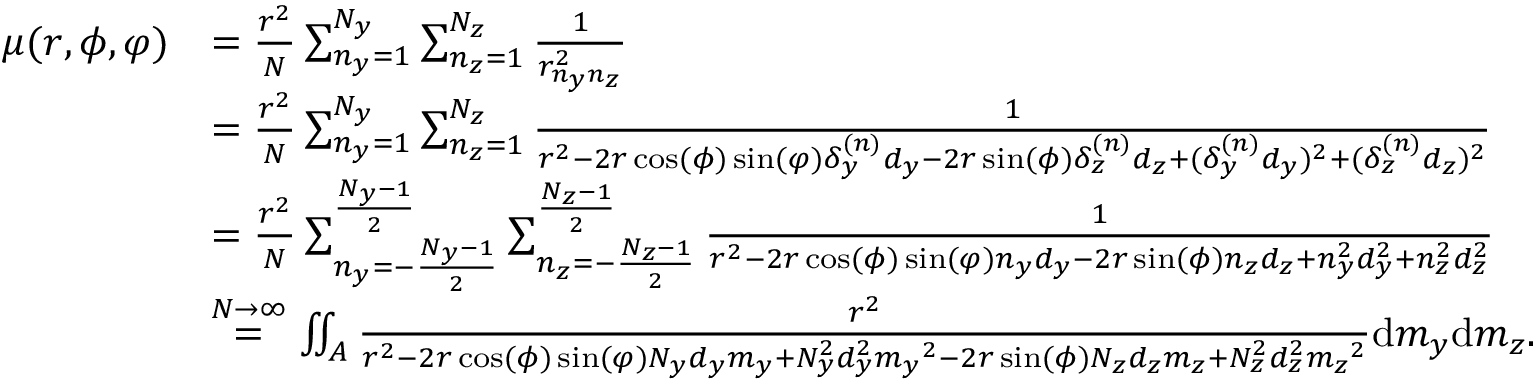
\begin{array} { r l } { \mu ( r , \phi , \varphi ) } & { = \frac { r ^ { 2 } } { N } \sum _ { n _ { y } = 1 } ^ { N _ { y } } \sum _ { n _ { z } = 1 } ^ { N _ { z } } \frac { 1 } { r _ { n _ { y } n _ { z } } ^ { 2 } } } \\ & { = \frac { r ^ { 2 } } { N } \sum _ { n _ { y } = 1 } ^ { N _ { y } } \sum _ { n _ { z } = 1 } ^ { N _ { z } } \frac { 1 } { r ^ { 2 } - 2 r \cos ( \phi ) \sin ( \varphi ) \delta _ { y } ^ { ( n ) } d _ { y } - 2 r \sin ( \phi ) \delta _ { z } ^ { ( n ) } d _ { z } + ( \delta _ { y } ^ { ( n ) } d _ { y } ) ^ { 2 } + ( \delta _ { z } ^ { ( n ) } d _ { z } ) ^ { 2 } } } \\ & { = \frac { r ^ { 2 } } { N } \sum _ { n _ { y } = - \frac { N _ { y } - 1 } { 2 } } ^ { \frac { N _ { y } - 1 } { 2 } } \sum _ { n _ { z } = - \frac { N _ { z } - 1 } { 2 } } ^ { \frac { N _ { z } - 1 } { 2 } } \frac { 1 } { r ^ { 2 } - 2 r \cos ( \phi ) \sin ( \varphi ) n _ { y } d _ { y } - 2 r \sin ( \phi ) n _ { z } d _ { z } + n _ { y } ^ { 2 } d _ { y } ^ { 2 } + n _ { z } ^ { 2 } d _ { z } ^ { 2 } } } \\ & { \overset { N \rightarrow \infty } { = } \iint _ { A } \frac { r ^ { 2 } } { r ^ { 2 } - 2 r \cos ( \phi ) \sin ( \varphi ) N _ { y } d _ { y } { m _ { y } } + N _ { y } ^ { 2 } d _ { y } ^ { 2 } { m _ { y } } ^ { 2 } - 2 r \sin ( \phi ) N _ { z } d _ { z } { m _ { z } } + N _ { z } ^ { 2 } d _ { z } ^ { 2 } { m _ { z } } ^ { 2 } } \mathrm { d } { m _ { y } } \mathrm { d } { m _ { z } } . } \end{array}